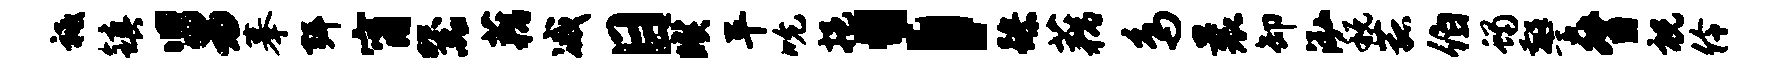
祗镇舅摹弭甯器藕减目暌平吮挹；躁藕鸟曩卸泓税菰伯蝎警督祝伶